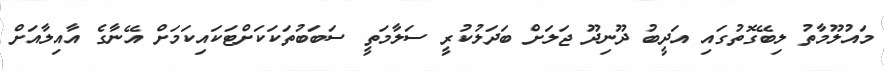
މައުލޫމާތު ލިބޭގޮތުގައި އަދީބު ދޫނިދޫ ޖަލަށް ބަދަލުކުރީ ސަލާމަތީ ސަބަބުތަކަކަށްޓަކައިކަމަށް އޭނާގެ އާއިލާއަށް